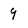
Character: 9